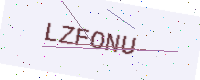
Text: LZFONU